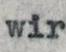
wir